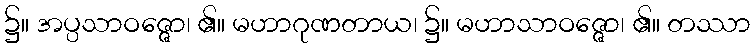
၌။ အပ္ပသာဝဇ္ဇော၊ ၏။ မဟာဂုဏတာယ၊ ၌။ မဟာသာဝဇ္ဇော၊ ၏။ တဿာ